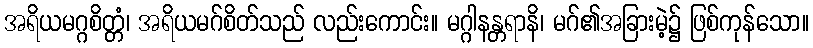
အရိယမဂ္ဂစိတ္တံ၊ အရိယမဂ်စိတ်သည် လည်းကောင်း။ မဂ္ဂါနန္တရာနိ၊ မဂ်၏အခြားမဲ့၌ ဖြစ်ကုန်သော။